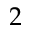
2